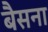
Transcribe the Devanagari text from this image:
बैसना